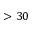
> 3 0